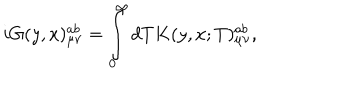
i G ( y , x ) _ { \mu \nu } ^ { a b } = \int _ { 0 } ^ { \infty } { d T K ( y , x ; T ) _ { \mu \nu } ^ { a b } } ,